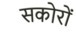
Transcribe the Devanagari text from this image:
सकोरों